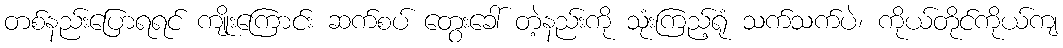
တစ်နည်းပြောရရင် ကျိုးကြောင်း ဆက်စပ် တွေးခေါ် တဲ့နည်းကို သုံးကြည့်ရုံ သက်သက်ပဲ၊ ကိုယ်တိုင်ကိုယ်ကျ